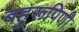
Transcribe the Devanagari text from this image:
बहुरूपिणी